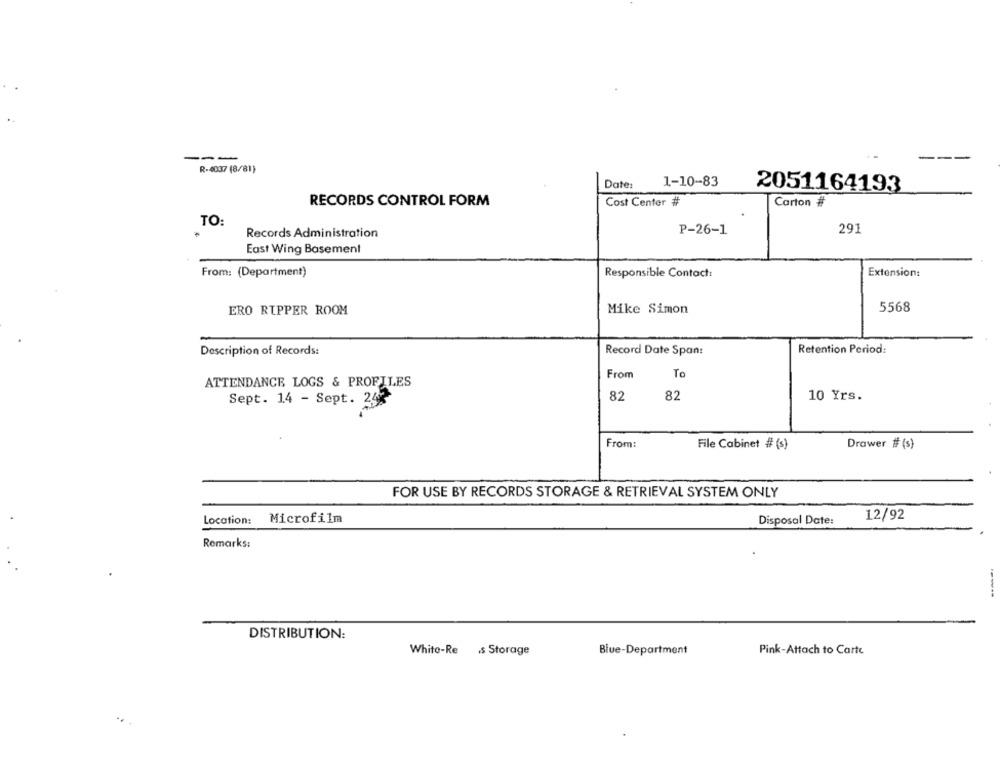
---
R-4037 (8/81)
Date:
1-10-83
2051164193
RECORDS CONTROL FORM
Cost Center #
Carton #
TO:
291
Records Administration
P-26-1
East Wing Basement
From: (Department)
Responsible Contact:
Extension:
ERO RUPPER ROOM
Mike Simon
5568
Description of Records:
Record Date Span:
Retention Period:
From
Te
ATTENDANCE LOGS & PROFILES
82
82
10 Yrs.
Sept. 14 - Sept. 252
From:
Drawer # (s)
File Cabinet # (s)
FOR USE BY RECORDS STORAGE & RETRIEVAL SYSTEM ONLY
Location:
Microfilm
Disposal Date:
12/92
Remarks:
DISTRIBUTION:
White-Res Storage
Blue-Department
Pink-Attach to Carte